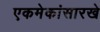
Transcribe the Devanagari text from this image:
एकमेकांसारखे